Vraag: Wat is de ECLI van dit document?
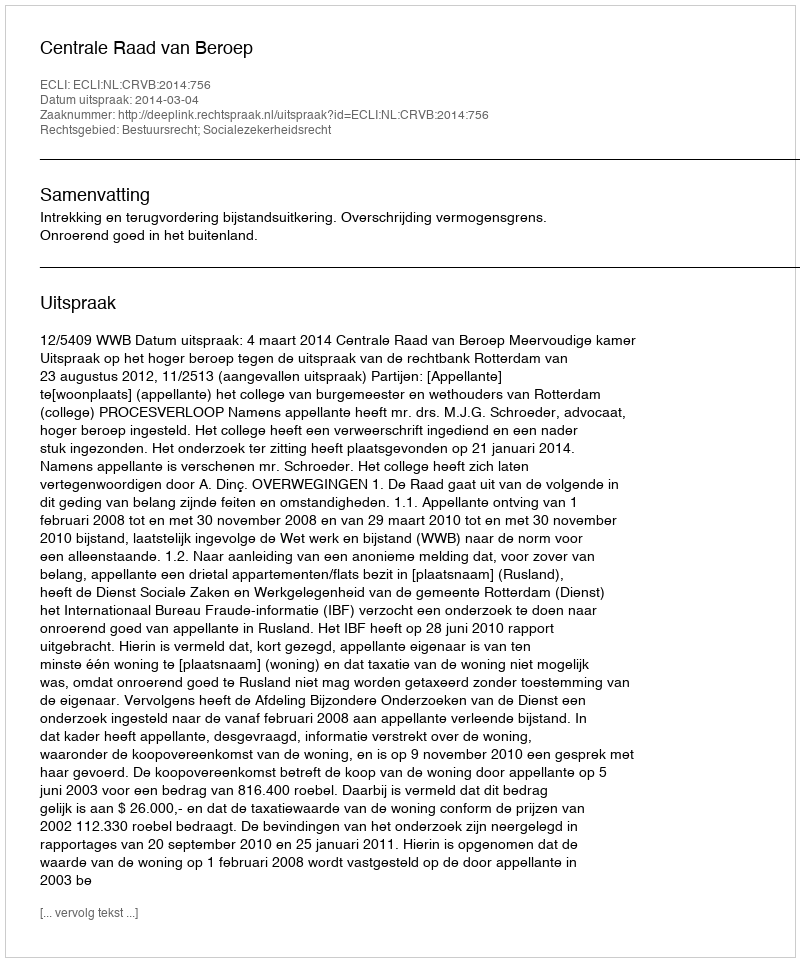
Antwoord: ECLI:NL:CRVB:2014:756